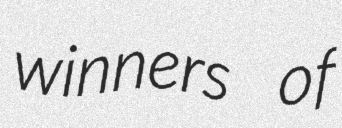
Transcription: winners of